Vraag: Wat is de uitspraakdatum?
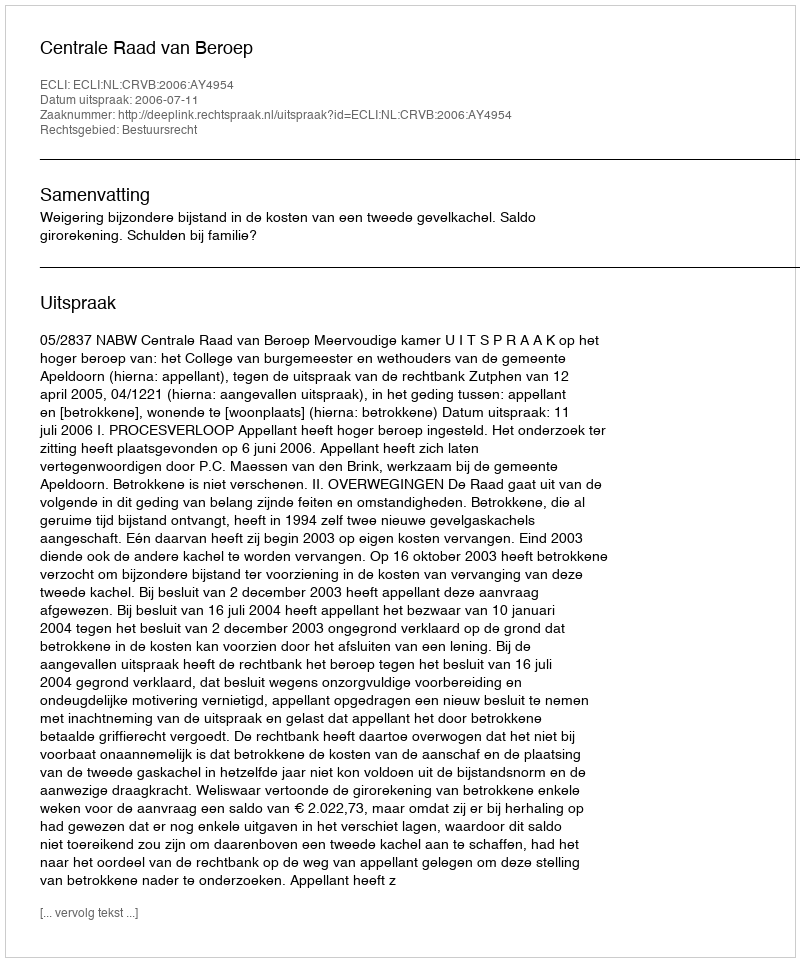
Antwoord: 2006-07-11